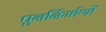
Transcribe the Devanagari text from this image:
पुनर्निर्माणों